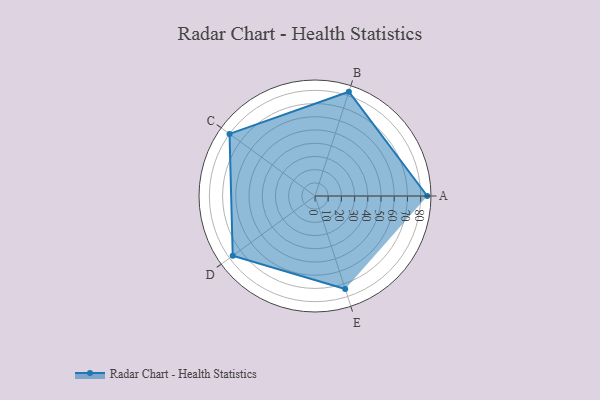
{"axis": {"x": "Skill", "y": "Score"}, "legend": ["Profile"], "data": [{"x": "A", "y": 85.0, "type": "Profile"}, {"x": "B", "y": 83.0, "type": "Profile"}, {"x": "C", "y": 80.0, "type": "Profile"}, {"x": "D", "y": 77.0, "type": "Profile"}, {"x": "E", "y": 74.0, "type": "Profile"}]}